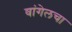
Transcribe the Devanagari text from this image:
वांगेलचा